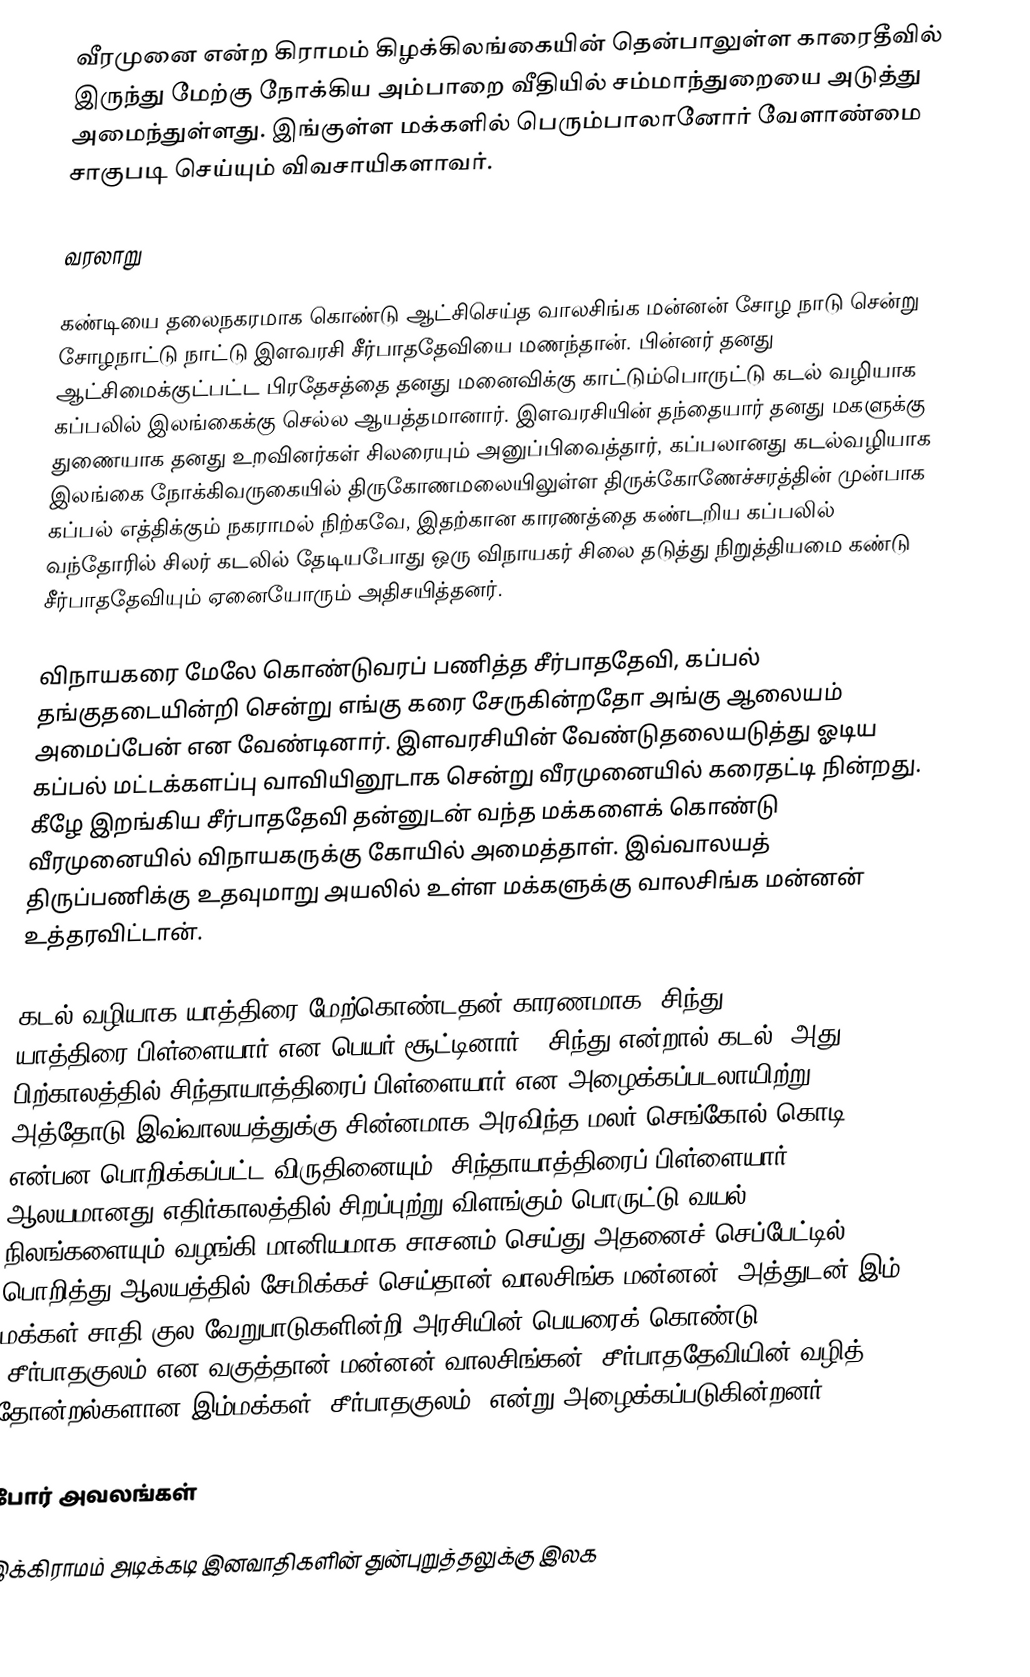
வீரமுனை என்ற கிராமம் கிழக்கிலங்கையின் தென்பாலுள்ள காரைதீவில் இருந்து மேற்கு நோக்கிய அம்பாறை வீதியில் சம்மாந்துறையை அடுத்து அமைந்துள்ளது. இங்குள்ள மக்களில் பெரும்பாலானோர் வேளாண்மை சாகுபடி செய்யும் விவசாயிகளாவர்.

வரலாறு

கண்டியை தலைநகரமாக கொண்டு ஆட்சிசெய்த வாலசிங்க மன்னன் சோழ நாடு சென்று சோழநாட்டு நாட்டு இளவரசி சீர்பாததேவியை மணந்தான். பின்னர் தனது ஆட்சிமைக்குட்பட்ட பிரதேசத்தை தனது மனைவிக்கு காட்டும்பொருட்டு கடல் வழியாக கப்பலில் இலங்கைக்கு செல்ல ஆயத்தமானார். இளவரசியின் தந்தையார் தனது மகளுக்கு துணையாக தனது உறவினர்கள் சிலரையும் அனுப்பிவைத்தார், கப்பலானது கடல்வழியாக இலங்கை நோக்கிவருகையில் திருகோணமலையிலுள்ள திருக்கோணேச்சரத்தின் முன்பாக கப்பல் எத்திக்கும் நகராமல் நிற்கவே, இதற்கான காரணத்தை கண்டறிய கப்பலில் வந்தோரில் சிலர் கடலில் தேடியபோது ஒரு விநாயகர் சிலை தடுத்து நிறுத்தியமை கண்டு சீர்பாததேவியும் ஏனையோரும் அதிசயித்தனர்.

விநாயகரை மேலே கொண்டுவரப் பணித்த சீர்பாததேவி, கப்பல் தங்குதடையின்றி சென்று எங்கு கரை சேருகின்றதோ அங்கு ஆலையம் அமைப்பேன் என வேண்டினார். இளவரசியின் வேண்டுதலையடுத்து ஓடிய கப்பல் மட்டக்களப்பு வாவியினூடாக சென்று வீரமுனையில் கரைதட்டி நின்றது. கீழே இறங்கிய சீர்பாததேவி தன்னுடன் வந்த மக்களைக் கொண்டு வீரமுனையில் விநாயகருக்கு கோயில் அமைத்தாள். இவ்வாலயத் திருப்பணிக்கு உதவுமாறு அயலில் உள்ள மக்களுக்கு வாலசிங்க மன்னன் உத்தரவிட்டான்.

கடல் வழியாக யாத்திரை மேற்கொண்டதன் காரணமாக ‘சிந்து யாத்திரை’பிள்ளையார் என பெயர் சூட்டினார், (சிந்து என்றால் கடல்) அது பிற்காலத்தில் சிந்தாயாத்திரைப் பிள்ளையார் என அழைக்கப்படலாயிற்று. அத்தோடு இவ்வாலயத்துக்கு சின்னமாக அரவிந்த மலர்,செங்கோல்,கொடி என்பன பொறிக்கப்பட்ட விருதினையும், சிந்தாயாத்திரைப் பிள்ளையார் ஆலயமானது எதிர்காலத்தில் சிறப்புற்று விளங்கும் பொருட்டு வயல் நிலங்களையும் வழங்கி மானியமாக சாசனம் செய்து அதனைச் செப்பேட்டில் பொறித்து ஆலயத்தில் சேமிக்கச் செய்தான் வாலசிங்க மன்னன். அத்துடன் இம் மக்கள் சாதி,குல வேறுபாடுகளின்றி அரசியின் பெயரைக் கொண்டு “சீர்பாதகுலம்”என வகுத்தான் மன்னன் வாலசிங்கன். சீர்பாததேவியின் வழித் தோன்றல்களான இம்மக்கள் "சீர்பாதகுலம்" என்று அழைக்கப்படுகின்றனர்.

போர் அவலங்கள்

இக்கிராமம் அடிக்கடி இனவாதிகளின் துன்புறுத்தலுக்கு இலக